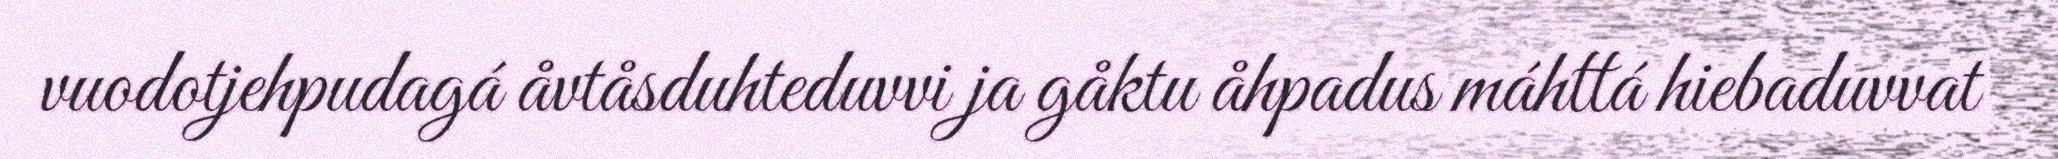
vuodotjehpudagá åvtåsduhteduvvi ja gåktu åhpadus máhttá hiebaduvvat